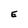
Character: E